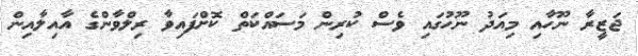
ޖަޒީރާ ނޫހާއި މިއަދު ނޫހުގައި ވެސް ކުރިން މަސައްކަތް ކޮށްފައިވާ ރިލްވާންގެ އާއިލާއިން